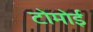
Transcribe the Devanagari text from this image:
टोमोई